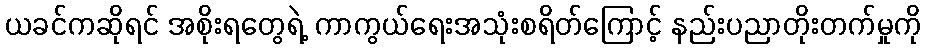
ယခင်ကဆိုရင် အစိုးရတွေရဲ့ ကာကွယ်ရေးအသုံးစရိတ်ကြောင့် နည်းပညာတိုးတက်မှုကို